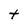
Character: t